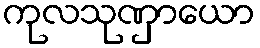
ကုလသုဏှာယော